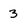
Character: 3